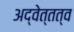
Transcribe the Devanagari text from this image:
अद्वेत्तत्व